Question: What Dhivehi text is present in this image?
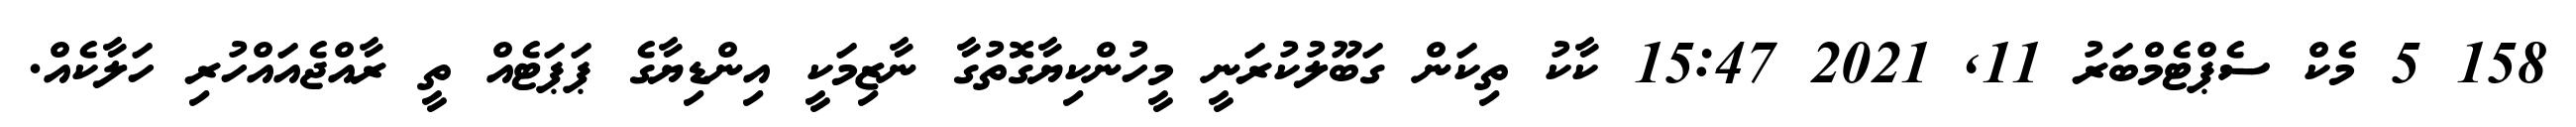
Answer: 158 5 މެކް ސެޕްޓެމްބަރު 11, 2021 15:47 ކާކު ތިކަން ގަބޫލުކުރަނީ މީހުންކިޔާގޮތުގާ ނާޒިމަކީ އިންޑިޔާގެ ޕަޕަޓެއް ތީ ރާއްޖެއައްހުރި ހަލާކެއް.